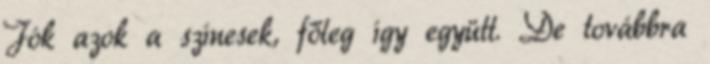
Jók azok a színesek, főleg így együtt. De továbbra